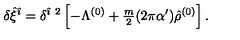
\delta \hat { \xi } ^ { \hat { \imath } } = \delta ^ { \hat { \imath } \ 2 } \left[ - \Lambda ^ { ( 0 ) } + { \textstyle \frac { m } { 2 } } ( 2 \pi \alpha ^ { \prime } ) \hat { \rho } ^ { ( 0 ) } \right] .